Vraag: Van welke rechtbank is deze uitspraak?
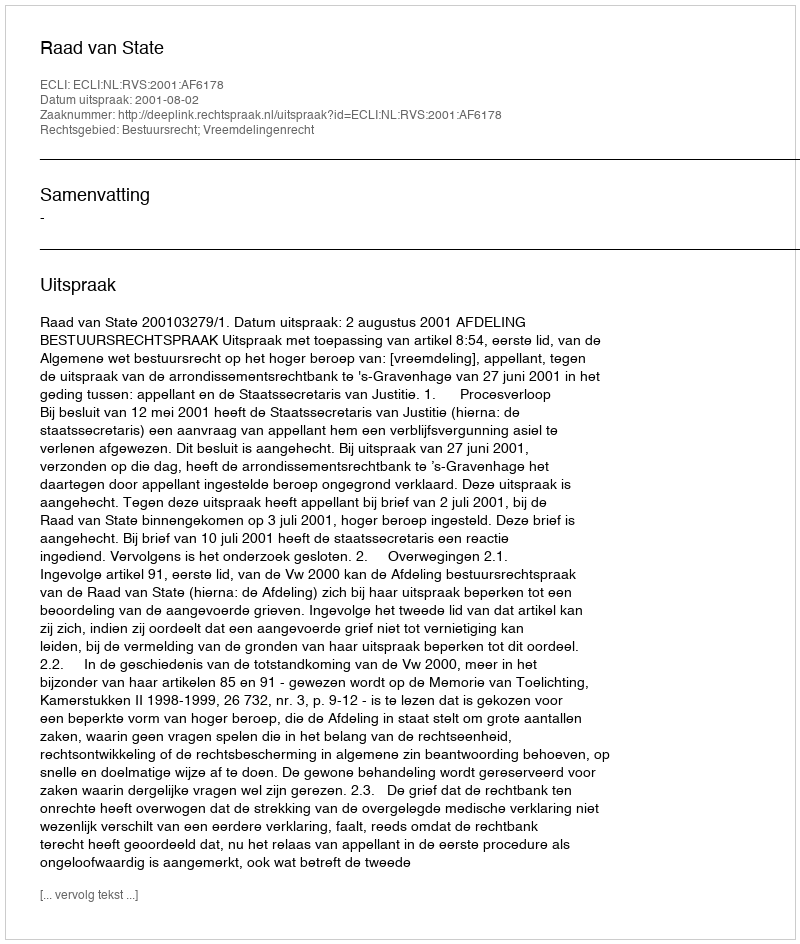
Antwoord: Raad van State